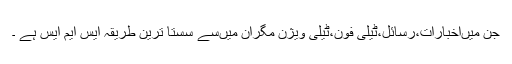
جن میںاخبارات،رسائل،ٹیلی فون،ٹیلی ویژن مگران میںسے سستا ترین طریقہ ایس ایم ایس ہے ۔